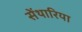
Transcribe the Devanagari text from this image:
सेंथारिया